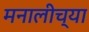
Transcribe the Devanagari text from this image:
मनालीच्या